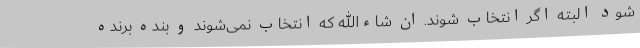
شود البته اگر انتخاب شوند. ان شاءالله که انتخاب نمی‌شوند و بنده برنده